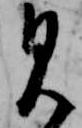
見